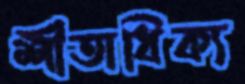
শীতাধিক্য